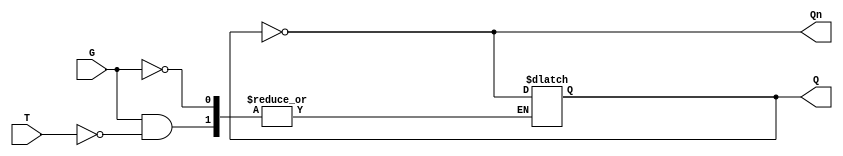
module Gated_T_Latch (
    input wire T,      // Toggle Input
    input wire G,      // Gate/Enable Signal
    output reg Q,      // Output
    output wire Qn     // Complement of Q
);

    assign Qn = ~Q; // Complement output

    always @(G or T) begin
        if (G) begin
            if (T) begin
                Q <= ~Q; // Toggle the state
            end
            // If T is low, Q remains unchanged
        end
        // If G is low, Q remains unchanged
    end

endmodule